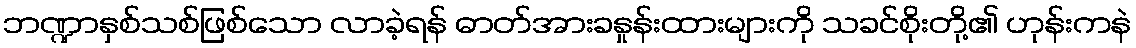
ဘဏ္ဍာနှစ်သစ်ဖြစ်သော လာခဲ့ရန် ဓာတ်အားခနှုန်းထားများကို သခင်စိုးတို့၏ ဟုန်းကနဲ